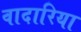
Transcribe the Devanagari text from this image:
वादारिया